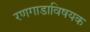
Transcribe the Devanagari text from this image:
रणगाडाविषयक